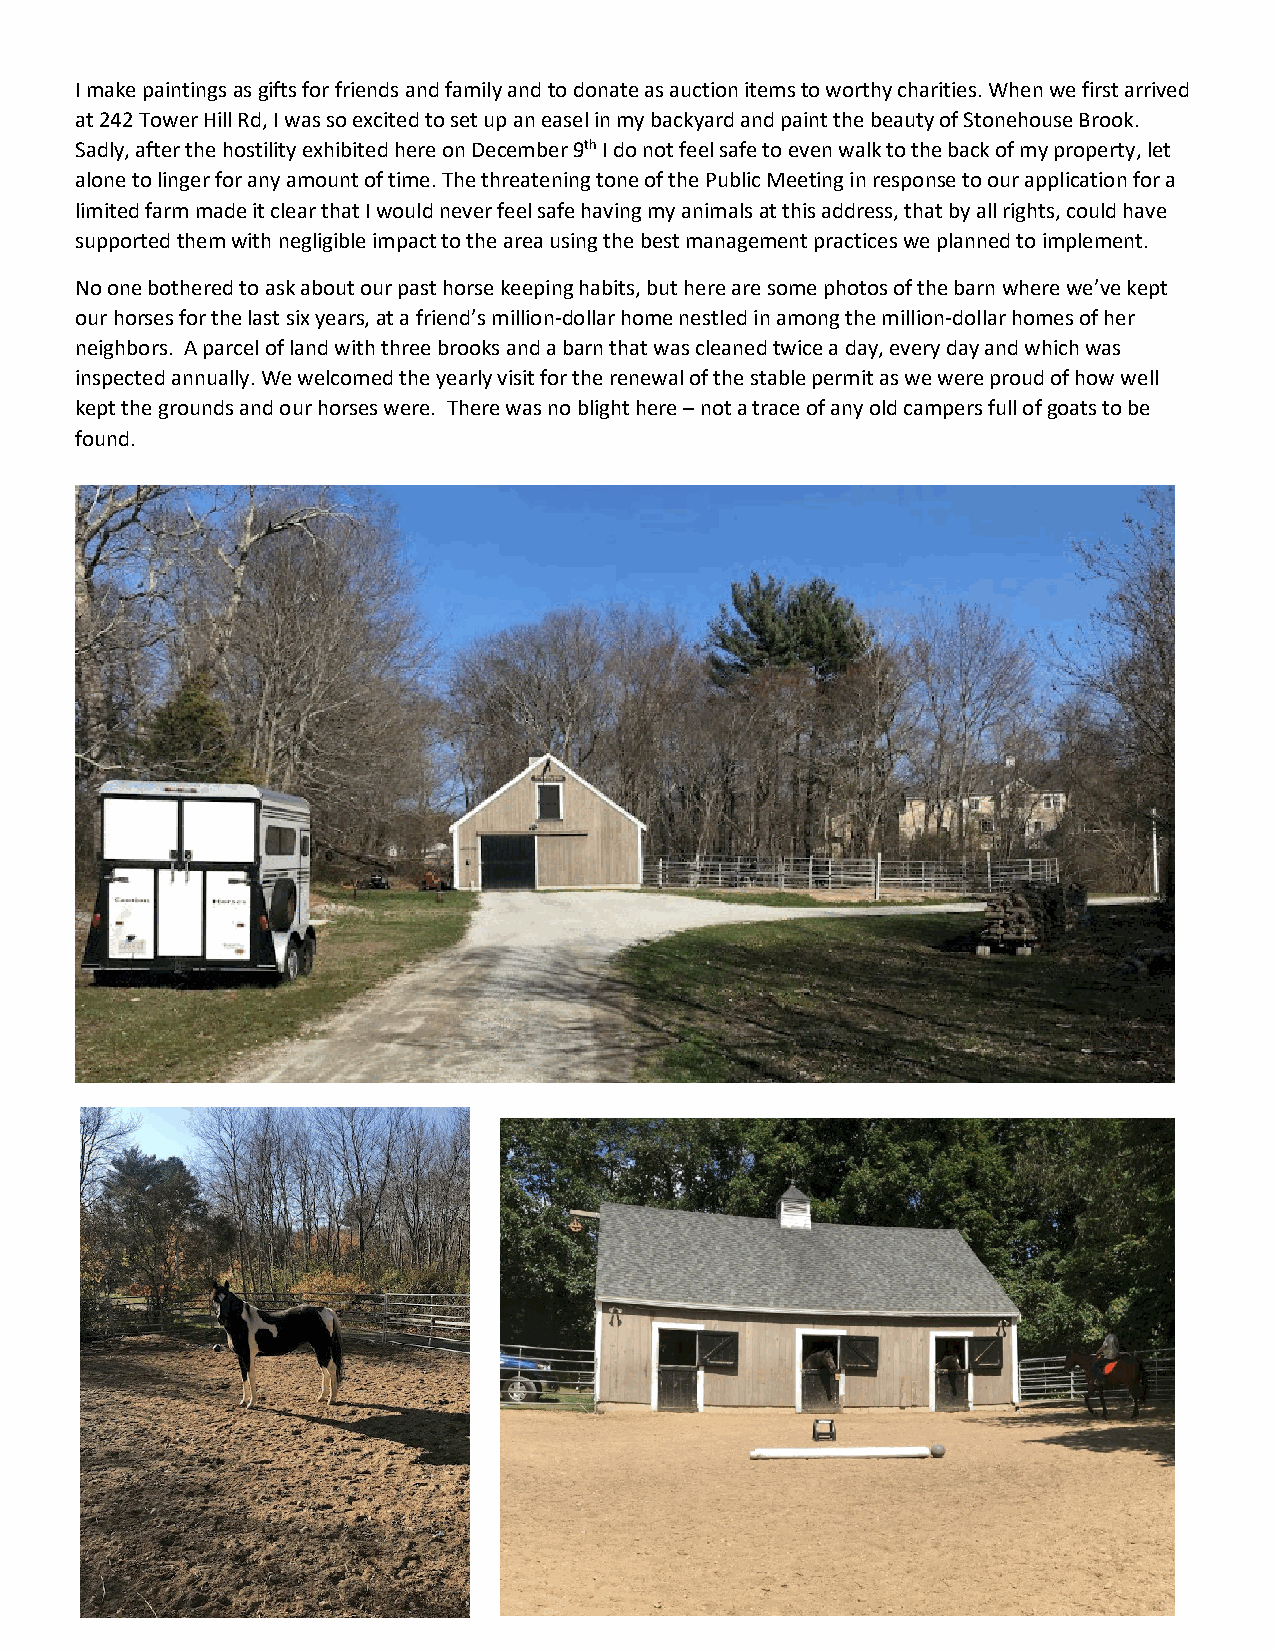
I make paintings as gifts for friends and family and to donate as auction items to worthy charities. When we first arrived
 at 242 Tower Hill Rd, I was so excited to set up an easel in my backyard and paint the beauty of Stonehouse Brook.
 Sadly, after the hostility exhibited here on December 9th I do not feel safe to even walk to the back of my property, let
 alone to linger for any amount of time. The threatening tone of the Public Meeting in response to our application for a
 limited farm made it clear that I would never feel safe having my animals at this address, that by all rights, could have
 supported them with negligible impact to the area using the best management practices we planned to implement.
 No one bothered to ask about our past horse keeping habits, but here are some photos of the barn where we’ve kept
 our horses for the last six years, at a friend’s million-dollar home nestled in among the million-dollar homes of her
 neighbors. A parcel of land with three brooks and a barn that was cleaned twice a day, every day and which was
 inspected annually. We welcomed the yearly visit for the renewal of the stable permit as we were proud of how well
 kept the grounds and our horses were. There was no blight here – not a trace of any old campers full of goats to be
 found.